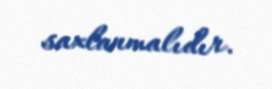
saxlanmalıdır.